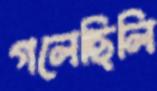
গলেছিলি